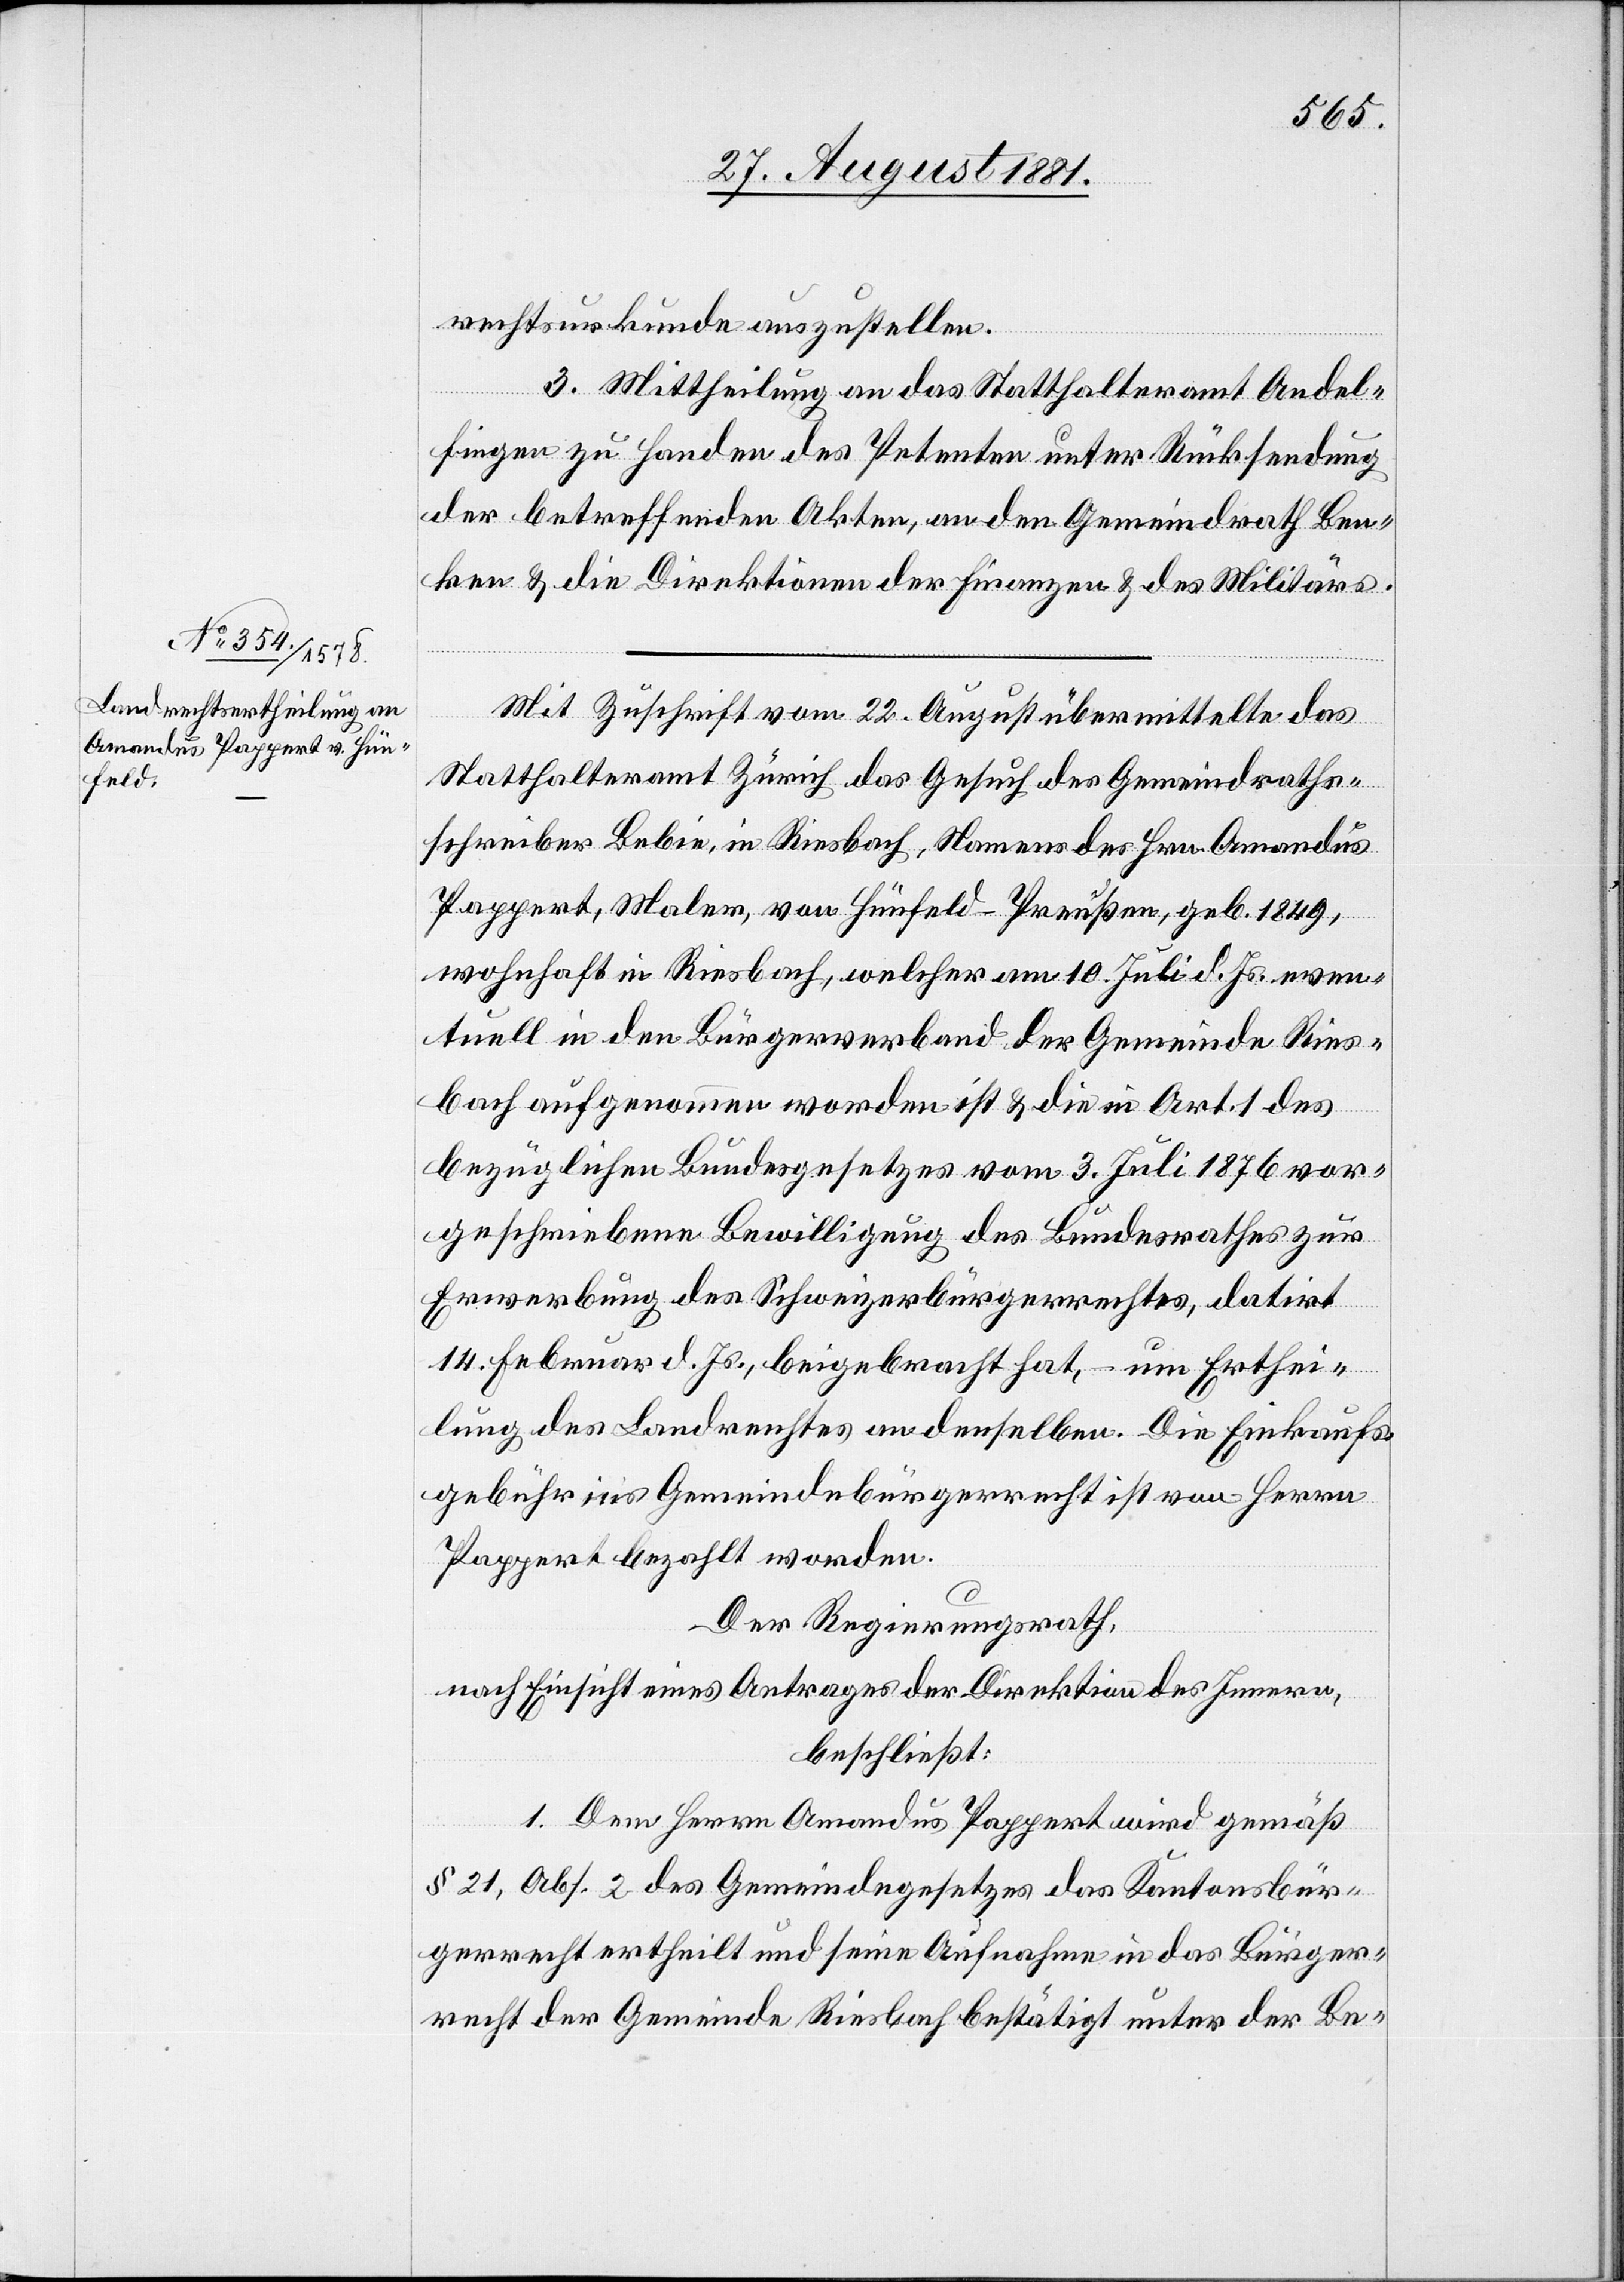
rechtsurkunde auszustellen.
3. Mittheilung an das Statthalteramt Andel¬
fingen zu Handen des Petenten unter Rücksendung
der betreffenden Akten, an den Gemeindrath Ben¬
ken & die Direktionen der Finanzen & des Militärs.
Mit Zuschrift vom 22. August übermittelte das
Statthalteramt Zürich das Gesuch des Gemeindraths¬
schreiber Bebin, in Riesbach, Namens des Hrn. Amandus
Pappert, Maler, von Hünfeld - Preußen, geb. 1849,
wohnhaft in Riesbach, welcher am 10. Juli d. Js. even¬
bezüglichen Bundesgesetzes vom 3. Juli 1876 vor¬
geschriebenen Bewilligung des Bundesrathes zur
Erwerbung des Schweizerbürgerrechtes, datirt
14. Februar d. Js., beigebracht hat, – um Erthei¬
des
lung des Landrechtes an denselben. Die Einkaufs¬
gebühr ins Gemeindebürgerrecht ist von Herrn
Pappert bezahlt worden.
Der Regierungsrath,
nach Einsicht eines Antrages der Direktion des Innern,
beschließt:
1. Dem Herrn Amandus Pappert wird gemäß
§ 21, Abs. 2 des Gemeindegesetzes das Kantonsbür¬
gerrecht ertheilt und seine Aufnahme in da Bürger¬
recht der Gemeinde Riesbach bestätigt unter der Be-